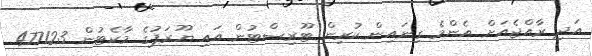
އަދި ރާއްޖެއަށް އެންމެ ގިނައިން ކުރިން ޓޫރިސްޓުން އައި ޔޫރަޕުގެ މާކެޓުން 477123